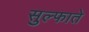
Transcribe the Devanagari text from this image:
सुल्फाते